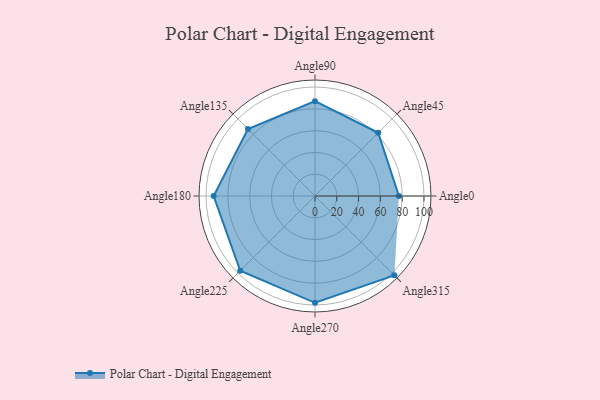
{"axis": {"x": "Angle", "y": "Radius"}, "legend": [""], "data": [{"x": "Angle0", "y": 77.0, "type": ""}, {"x": "Angle45", "y": 82.0, "type": ""}, {"x": "Angle90", "y": 87.0, "type": ""}, {"x": "Angle135", "y": 87.0, "type": ""}, {"x": "Angle180", "y": 93.0, "type": ""}, {"x": "Angle225", "y": 97.0, "type": ""}, {"x": "Angle270", "y": 98.0, "type": ""}, {"x": "Angle315", "y": 103.0, "type": ""}]}